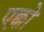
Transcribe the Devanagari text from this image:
एक्को